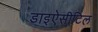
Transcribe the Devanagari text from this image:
डाइऐसीटिल